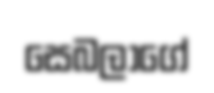
සෙබලාගේ